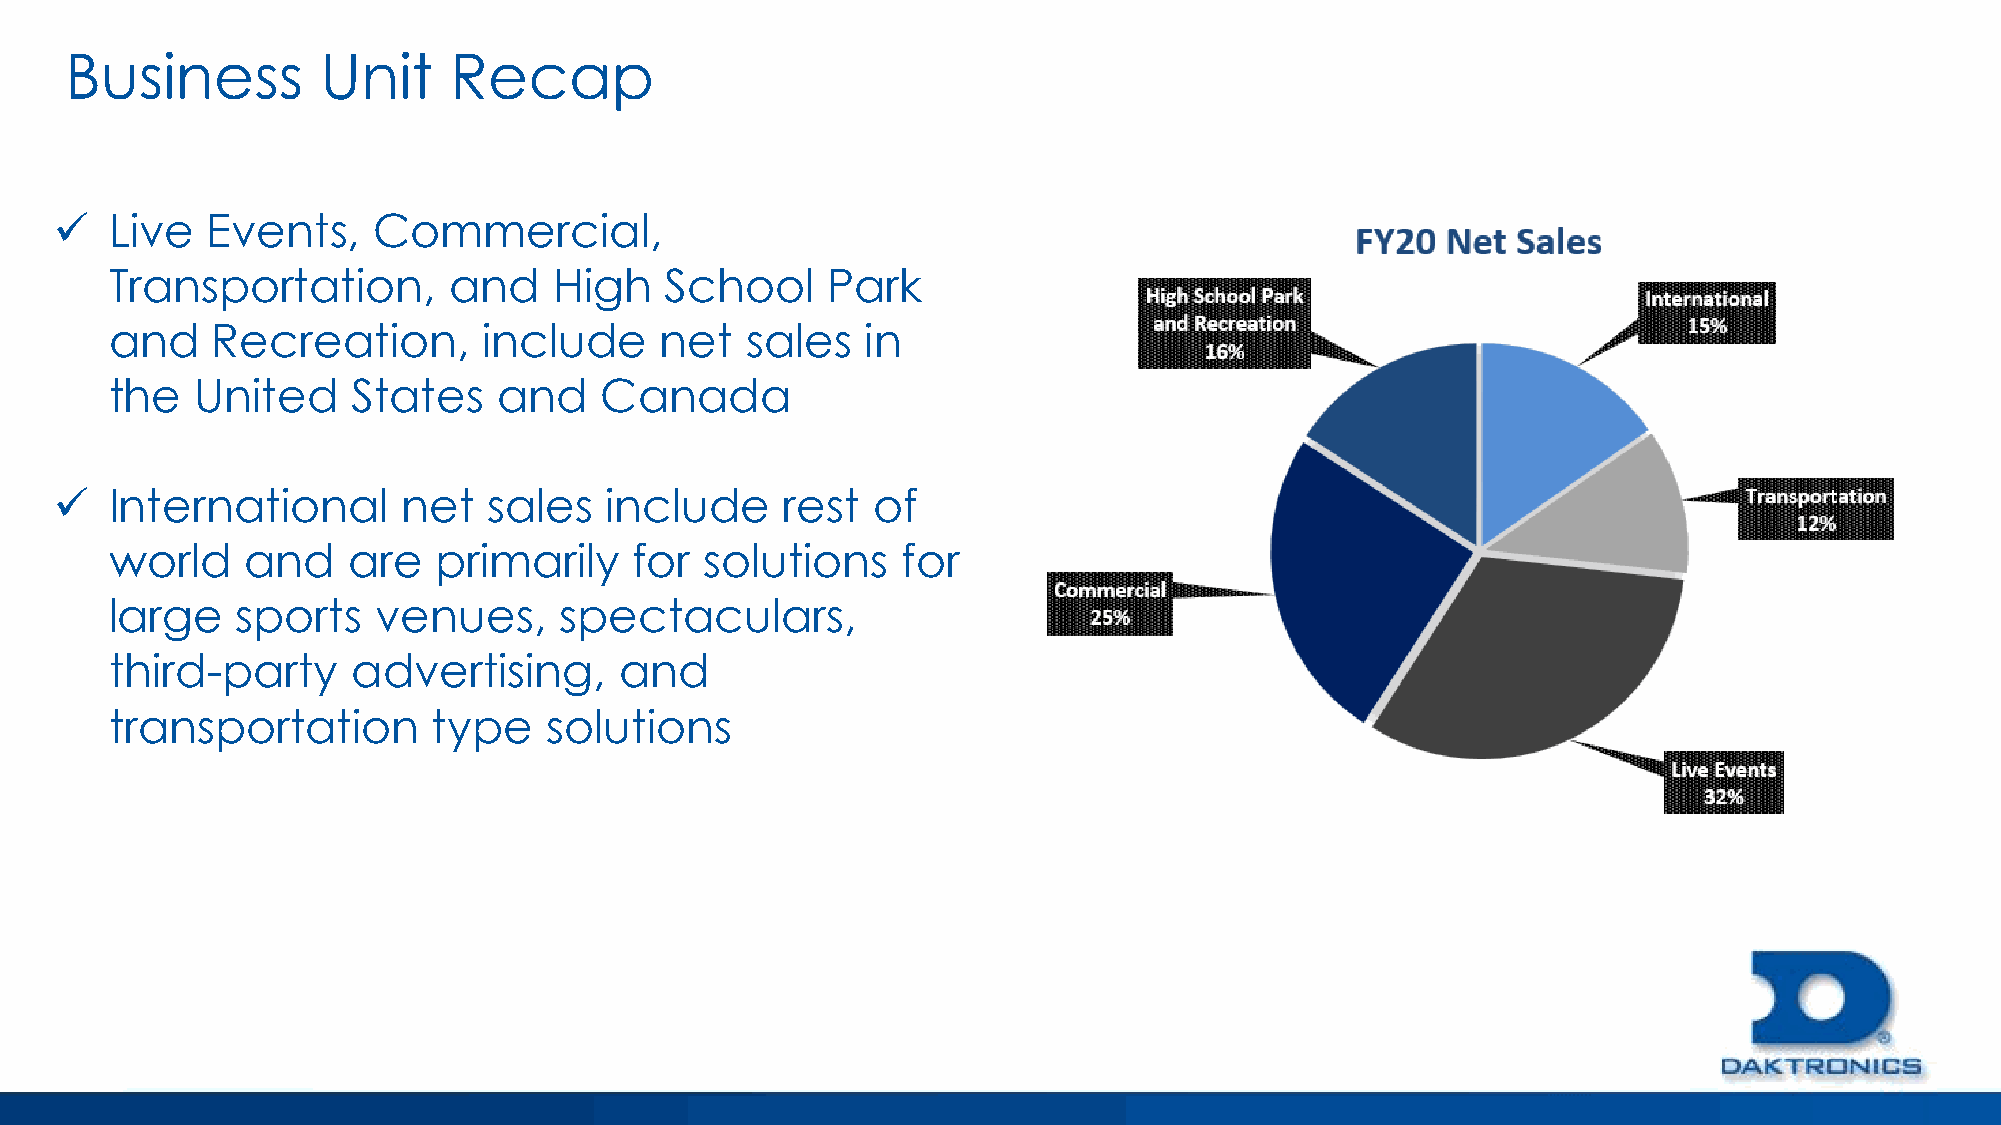
Business         Unit     Recap
 ✓   Live   Events,    Commercial,
 Transportation,        and    High   School     Park
 and    Recreation,       include     net  sales   in
 the   United    States    and    Canada
 ✓   International       net  sales   include     rest  of
 world    and    are   primarily    for  solutions    for
 large    sports   venues,     spectaculars,
 third-party     advertising,      and
 transportation        type   solutions